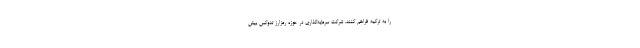
را به ترکیه فراهم کنند. شرکت سرمایه‌گذاری در حوزه رمزارز تدوکس بیش